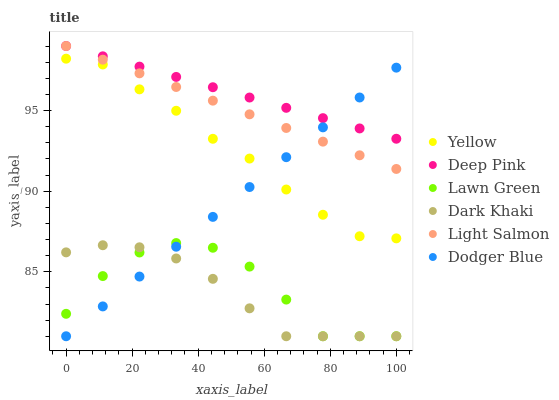
| xaxis_label | Yellow | Deep Pink | Lawn Green | Dark Khaki | Light Salmon | Dodger Blue |
 | --- | --- | --- | --- | --- | --- | --- |
 | 0 | 98.2 | 99 | 82.4 | 86.2 | 99 | 81 |
 | 11.1 | 97.9 | 98.4 | 84.7 | 86.6 | 98.2 | 82.9 |
 | 22.2 | 96.3 | 97.7 | 86.2 | 86.5 | 97.3 | 84.7 |
 | 33.3 | 95 | 97.1 | 86.8 | 85.8 | 96.5 | 86.6 |
 | 44.4 | 93.2 | 96.4 | 86.5 | 84.6 | 95.6 | 88.4 |
 | 55.6 | 92 | 95.8 | 85.3 | 82.7 | 94.8 | 90.3 |
 | 66.7 | 90.1 | 95.2 | 83.3 | 81 | 93.9 | 92.1 |
 | 77.8 | 88.5 | 94.5 | 81 | 81 | 93.1 | 94 |
 | 88.9 | 87.2 | 93.9 | 81 | 81 | 92.2 | 95.8 |
 | 100 | 87.1 | 93.2 | 81 | 81 | 91.4 | 97.7 |